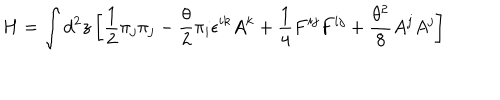
H = \int d ^ { 2 } z \left[ \frac { 1 } { 2 } \pi _ { j } \pi _ { j } - \frac { \theta } { 2 } \pi _ { i } \epsilon ^ { i k } A ^ { k } + \frac { 1 } { 4 } F ^ { i j } F ^ { i j } + \frac { \theta ^ { 2 } } { 8 } A ^ { j } A ^ { j } \right]